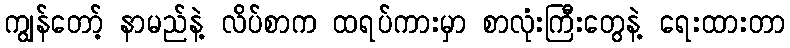
ကျွန်တော့် နာမည်နဲ့ လိပ်စာက ထရပ်ကားမှာ စာလုံးကြီးတွေနဲ့ ရေးထားတာ